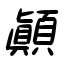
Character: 顚